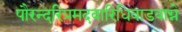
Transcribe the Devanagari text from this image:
पौरन्दरिप्रमदवारिधिवाडवाग्ने